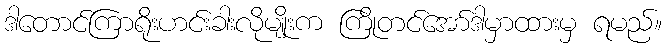
ဒါတောင်ကြာရိုးဟင်းခါးလိုမျိုးက ကြိုတင်အော်ဒါမှာထားမှ ရမည်။